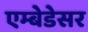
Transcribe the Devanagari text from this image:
एम्बेडेसर